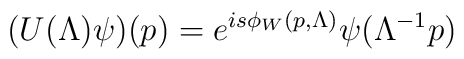
(U(\Lambda)\psi)(p)=e^{is\phi_W(p,\Lambda)} \psi(\Lambda^{-1}p)